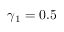
\gamma _ { 1 } = 0 . 5